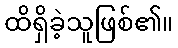
ထိရှိခဲ့သူဖြစ်၏။